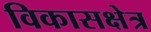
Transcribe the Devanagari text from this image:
विकासक्षेत्र